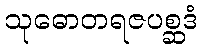
သုဓောတရဇပစ္ဆဒံ